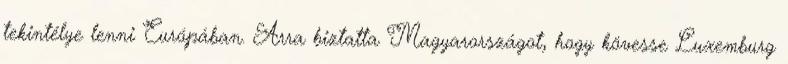
tekintélye lenni Európában. Arra biztatta Magyarországot, hogy kövesse Luxemburg